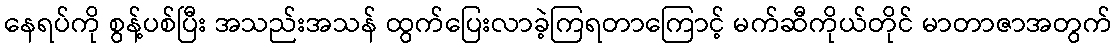
နေရပ်ကို စွန့်ပစ်ပြီး အသည်းအသန် ထွက်ပြေးလာခဲ့ကြရတာကြောင့် မက်ဆီကိုယ်တိုင် မာတာဇာအတွက်